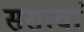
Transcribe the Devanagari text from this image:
ससत्त्वां